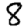
Digit: 8